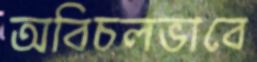
অবিচলভাবে